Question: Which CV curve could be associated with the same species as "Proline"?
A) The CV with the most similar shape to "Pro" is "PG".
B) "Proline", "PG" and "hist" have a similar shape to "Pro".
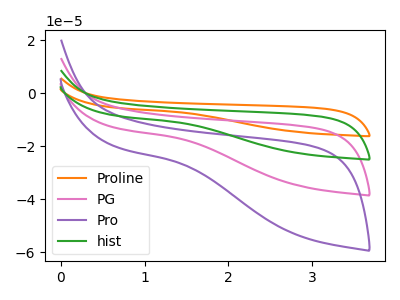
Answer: <think>The orange curve "Proline" has no peaks. The pink curve "PG" has no peaks. The purple curve "Pro" has no peaks. The green curve "hist" has no peaks.
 Neither "Proline" or "PG" have any peaks. Neither "Proline" or "Pro" have any peaks. Neither "Proline" or "hist" have any peaks. Neither "PG" or "Pro" have any peaks. Neither "PG" or "hist" have any peaks. Neither "Pro" or "hist" have any peaks.</think>
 <answer>B) "Proline", "PG" and "hist" have a similar shape to "Pro".</answer>
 <eval>B</eval>